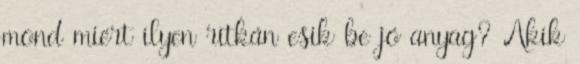
mond miért ilyen ritkán esik be jó anyag? Akik